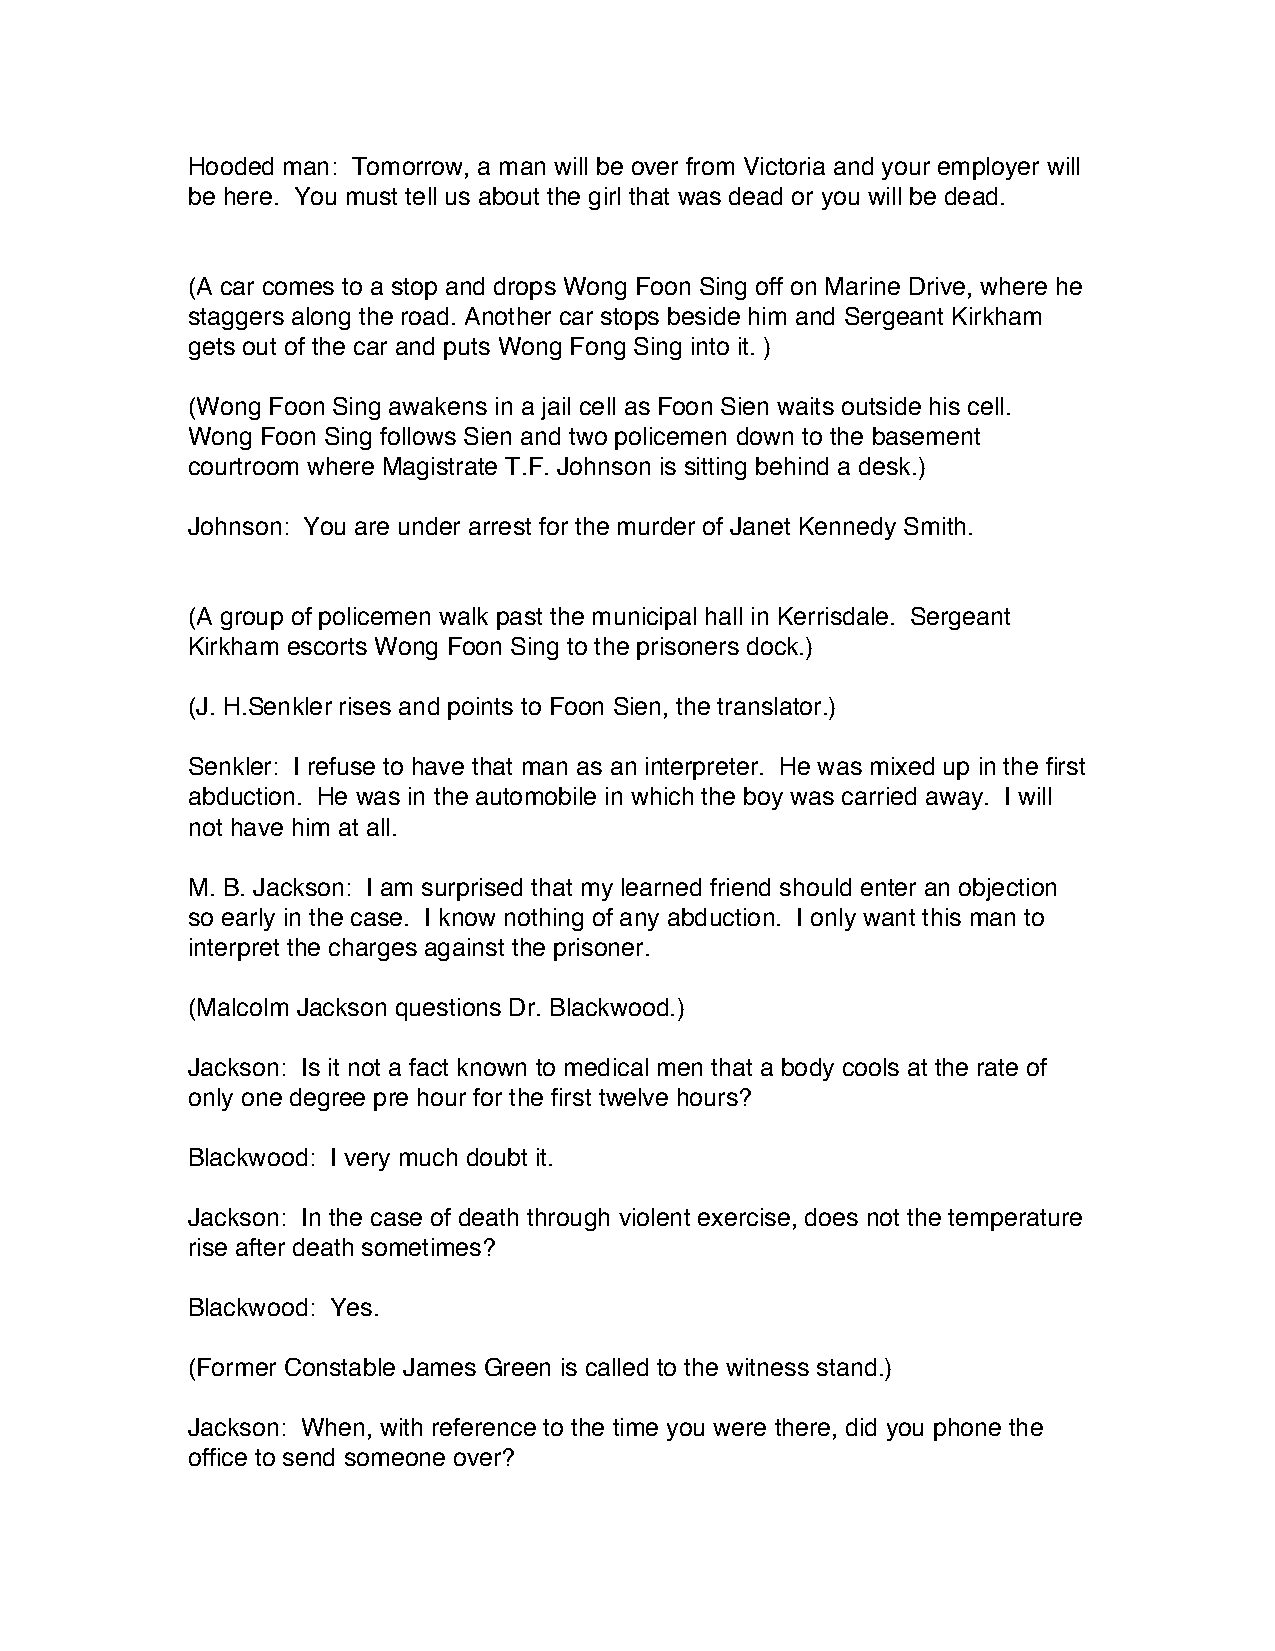
Hooded man: Tomorrow, a man will be over from Victoria and your employer will
 be here. You must tell us about the girl that was dead or you will be dead.
 (A car comes to a stop and drops Wong Foon Sing off on Marine Drive, where he
 staggers along the road. Another car stops beside him and Sergeant Kirkham
 gets out of the car and puts Wong Fong Sing into it. )
 (Wong Foon Sing awakens in a jail cell as Foon Sien waits outside his cell.
 Wong Foon Sing follows Sien and two policemen down to the basement
 courtroom where Magistrate T.F. Johnson is sitting behind a desk.)
 Johnson: You are under arrest for the murder of Janet Kennedy Smith.
 (A group of policemen walk past the municipal hall in Kerrisdale. Sergeant
 Kirkham escorts Wong Foon Sing to the prisoners dock.)
 (J. H.Senkler rises and points to Foon Sien, the translator.)
 Senkler: I refuse to have that man as an interpreter. He was mixed up in the first
 abduction. He was in the automobile in which the boy was carried away. I will
 not have him at all.
 M. B. Jackson: I am surprised that my learned friend should enter an objection
 so early in the case. I know nothing of any abduction. I only want this man to
 interpret the charges against the prisoner.
 (Malcolm Jackson questions Dr. Blackwood.)
 Jackson: Is it not a fact known to medical men that a body cools at the rate of
 only one degree pre hour for the first twelve hours?
 Blackwood: I very much doubt it.
 Jackson: In the case of death through violent exercise, does not the temperature
 rise after death sometimes?
 Blackwood: Yes.
 (Former Constable James Green is called to the witness stand.)
 Jackson: When, with reference to the time you were there, did you phone the
 office to send someone over?